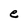
Character: e